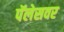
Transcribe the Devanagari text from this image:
पॅलेसवर